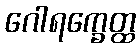
ဂေါရက္ခေတ္ထ